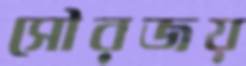
সৌরজয়